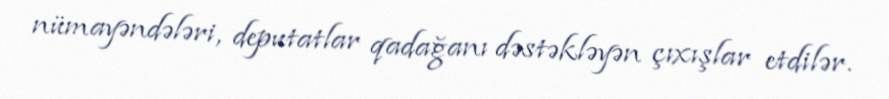
nümayəndələri, deputatlar qadağanı dəstəkləyən çıxışlar etdilər.